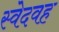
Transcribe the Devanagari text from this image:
स्वेदवह